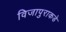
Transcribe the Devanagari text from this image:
विजापुराकडे